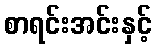
စာရင်းအင်းနှင့်